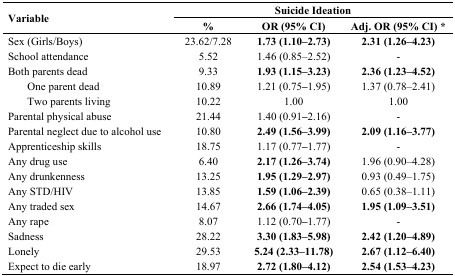
<table><thead><tr><td rowspan="2"><b>Variable</b></td><td colspan="3"><b>Suicide Ideation</b></td></tr><tr><td><b>%</b></td><td><b>OR (95% CI)</b></td><td><b>Adj. OR (95% CI) *</b></td></tr></thead><tbody><tr><td>Sex (Girls/Boys)</td><td>23.62/7.28</td><td><b>1.73 (1.10–2.73)</b></td><td><b>2.31 (1.26–4.23)</b></td></tr><tr><td>School attendance</td><td>5.52</td><td>1.46 (0.85–2.52)</td><td>-</td></tr><tr><td>Both parents dead</td><td>9.33</td><td><b>1.93 (1.15–3.23)</b></td><td><b>2.36 (1.23–4.52)</b></td></tr><tr><td>One parent dead</td><td>10.89</td><td>1.21 (0.75–1.95)</td><td>1.37 (0.78–2.41)</td></tr><tr><td>Two parents living</td><td>10.22</td><td>1.00</td><td>1.00</td></tr><tr><td>Parental physical abuse</td><td>21.44</td><td>1.40 (0.91–2.16)</td><td>-</td></tr><tr><td>Parental neglect due to alcohol use</td><td>10.80</td><td><b>2.49 (1.56–3.99)</b></td><td><b>2.09 (1.16–3.77)</b></td></tr><tr><td>Apprenticeship skills</td><td>18.75</td><td>1.17 (0.77–1.77)</td><td>-</td></tr><tr><td>Any drug use</td><td>6.40</td><td><b>2.17 (1.26–3.74)</b></td><td>1.96 (0.90–4.28)</td></tr><tr><td>Any drunkenness</td><td>13.25</td><td><b>1.95 (1.29–2.97)</b></td><td>0.93 (0.49–1.75)</td></tr><tr><td>Any STD/HIV</td><td>13.85</td><td><b>1.59 (1.06–2.39)</b></td><td>0.65 (0.38–1.11)</td></tr><tr><td>Any traded sex</td><td>14.67</td><td><b>2.66 (1.74–4.05)</b></td><td><b>1.95 (1.09–3.51)</b></td></tr><tr><td>Any rape</td><td>8.07</td><td>1.12 (0.70–1.77)</td><td>-</td></tr><tr><td>Sadness</td><td>28.22</td><td><b>3.30 (1.83–5.98)</b></td><td><b>2.42 (1.20–4.89)</b></td></tr><tr><td>Lonely</td><td>29.53</td><td><b>5.24 (2.33–11.78)</b></td><td><b>2.67 (1.12–6.40)</b></td></tr><tr><td>Expect to die early</td><td>18.97</td><td><b>2.72 (1.80–4.12)</b></td><td><b>2.54 (1.53–4.23)</b></td></tr></tbody></table>